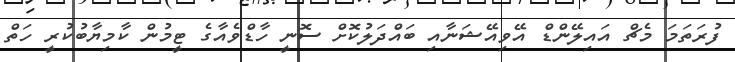
ފުރަތަމަ މެޗް އައިލޭންޑް އޭވިއޭޝަނާއި ބައްދަލުކޮށް ސޮނީ ހާޑްވެއާގެ ޓީމުން ކާމިޔާބުކުރީ ހަތް